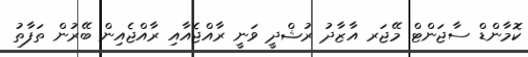
ކޮމާންޑް ސާޖަންޓް މޭޖަރ އާޒާދު ރުޝްދީ ވަނީ ރާއްޖެއާއި ރާއްޖެއިން ބޭރުން ތަފާތު